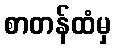
စာတန်ထံမှ